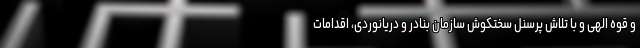
و قوه الهی و با تلاش پرسنل سختکوش سازمان بنادر و‌ دریانوردی، اقدامات